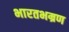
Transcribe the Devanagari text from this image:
भारतभम्रण